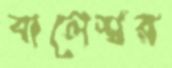
বালেশ্বর